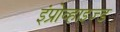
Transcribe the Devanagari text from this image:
इंप्रोव्हाइज्ड